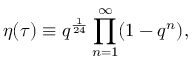
\eta ( \tau ) \equiv q ^ { \frac { 1 } { 2 4 } } \prod _ { n = 1 } ^ { \infty } ( 1 - q ^ { n } ) ,